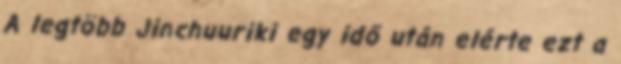
A legtöbb Jinchuuriki egy idő után elérte ezt a